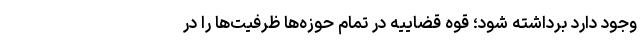
وجود دارد برداشته شود؛ قوه قضاییه در تمام حوزه‌ها ظرفیت‌ها را در